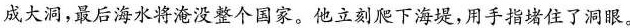
成大洞，最后海水将淹没整个国家。他立刻爬下海堤，用手指堵住了洞眼。